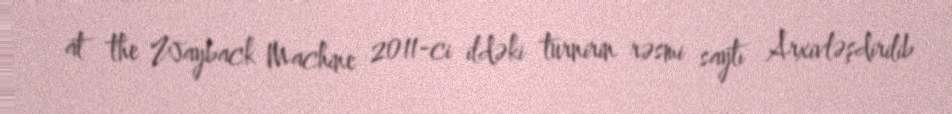
at the Wayback Machine 2011-ci ildəki turnirin rəsmi saytı Arxivləşdirilib